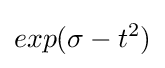
exp(\sigma -t^{2})